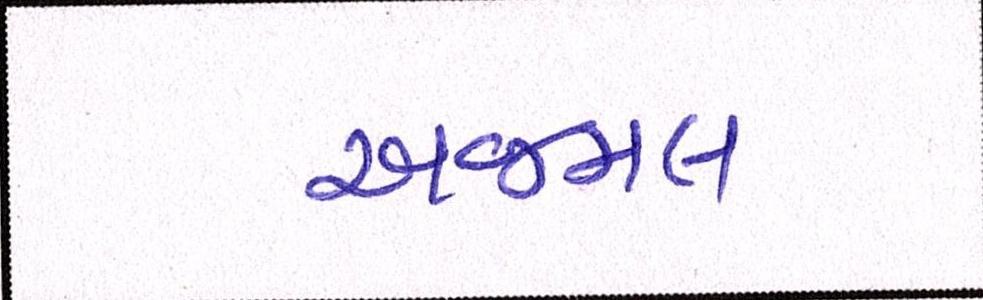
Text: અજમલ